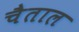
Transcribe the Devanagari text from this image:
चैताल